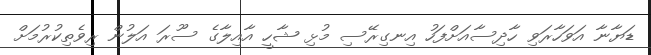
ޑަޔާނާ އަވަހާރަވި ހާދިސާއަށްފަހު އިނގިރޭސި މުޅި ޝާހީ އާއިލާގެ ސޫރަ އަލުން ރިވެތިކުރުމަށް